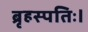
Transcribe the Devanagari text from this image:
ब्रृहस्पतिः।